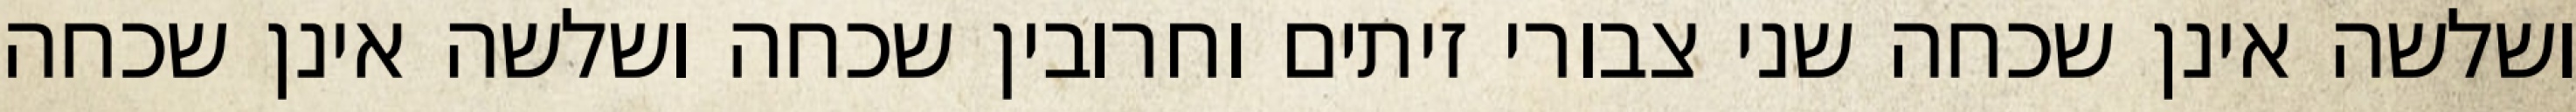
ושלשה אינן שכחה שני צבורי זיתים וחרובין שכחה ושלשה אינן שכחה